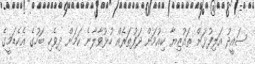
ސައީދު އަލިފުޅަށް ތައުޒިޔާ ކިއުމަށް ދަފުތަރެއް ހުޅުވާލާނެ ކަަމަށް ދިވެހި ބަހުގެ އެކެޑަމީގެ